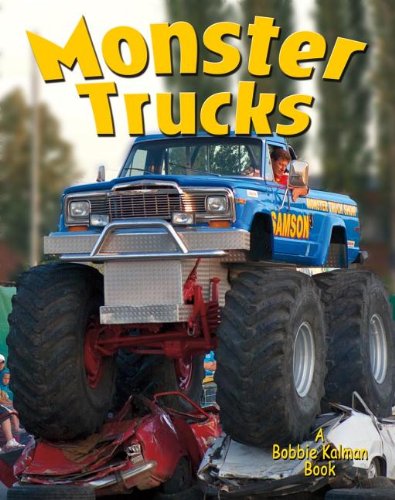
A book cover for Monster Trucks (Vehicles on the Move); Lynn Peppas; Children's Books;